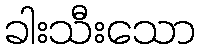
ခါးသီးသော